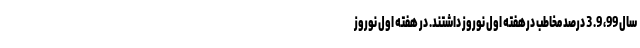
سال 99، 9. 3 درصد مخاطب درهفته اول نوروز داشتند. در هفته اول نوروز